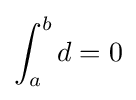
\int _{a}^{b}d=0